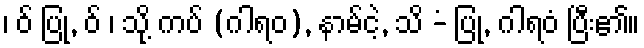
၊ ဝ် ပြု, ဝ် ၊ သို့ ကပ် (ဂါရဝ), နာမ်ငဲ့, သိ -ံ ပြု, ဂါရဝံ ပြီး၏။